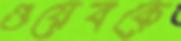
ওয়েবকে